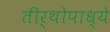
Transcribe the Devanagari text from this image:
तीर्थोपाध्ये